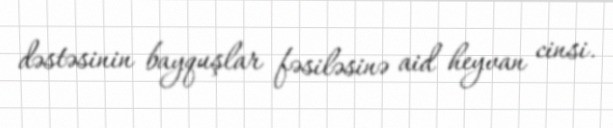
dəstəsinin bayquşlar fəsiləsinə aid heyvan cinsi.